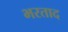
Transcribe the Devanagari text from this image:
भरताद